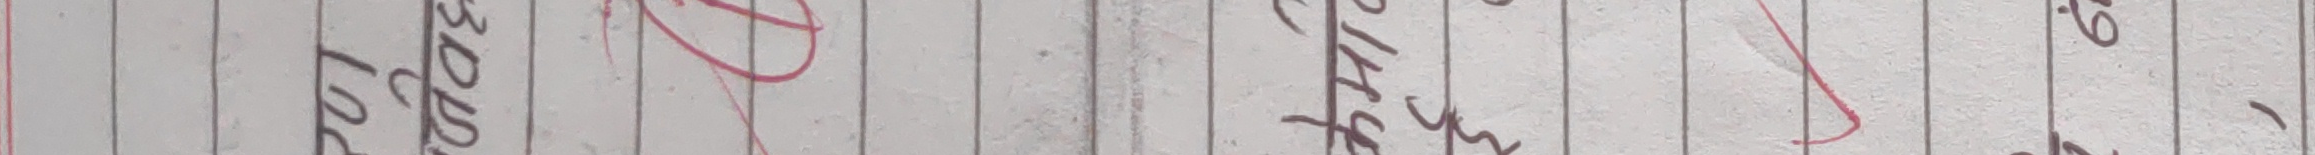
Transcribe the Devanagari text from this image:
५०००
लाख